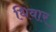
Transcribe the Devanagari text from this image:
धिवार